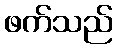
ဖက်သည်